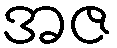
အဇ